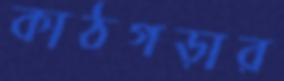
কাঠগড়ার